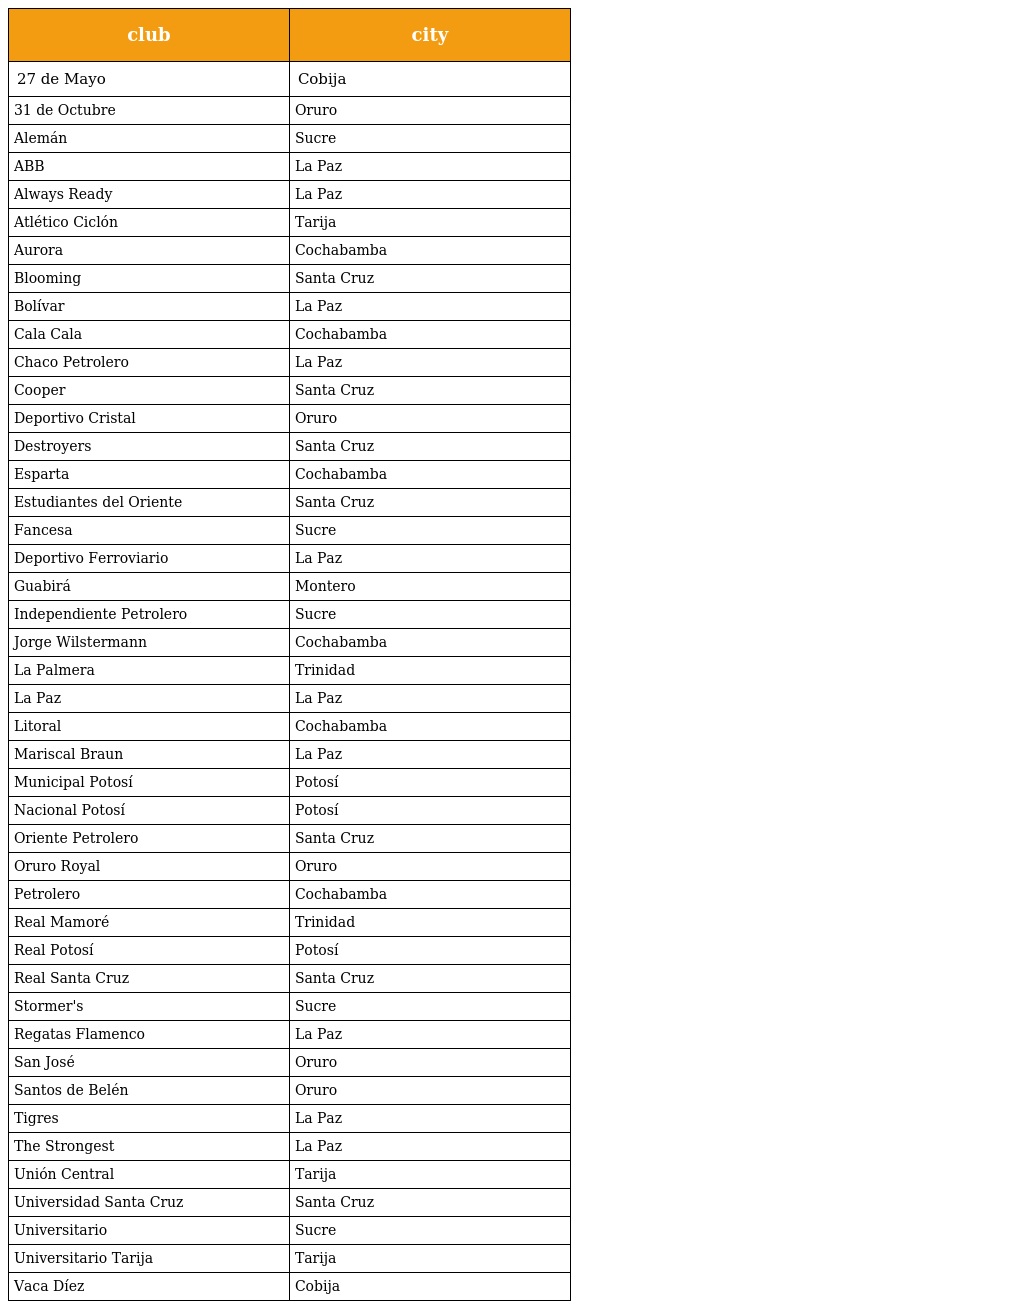
| club | city |
 | --- | --- |
 | 27 de Mayo | Cobija |
 | 31 de Octubre | Oruro |
 | Alemán | Sucre |
 | ABB | La Paz |
 | Always Ready | La Paz |
 | Atlético Ciclón | Tarija |
 | Aurora | Cochabamba |
 | Blooming | Santa Cruz |
 | Bolívar | La Paz |
 | Cala Cala | Cochabamba |
 | Chaco Petrolero | La Paz |
 | Cooper | Santa Cruz |
 | Deportivo Cristal | Oruro |
 | Destroyers | Santa Cruz |
 | Esparta | Cochabamba |
 | Estudiantes del Oriente | Santa Cruz |
 | Fancesa | Sucre |
 | Deportivo Ferroviario | La Paz |
 | Guabirá | Montero |
 | Independiente Petrolero | Sucre |
 | Jorge Wilstermann | Cochabamba |
 | La Palmera | Trinidad |
 | La Paz | La Paz |
 | Litoral | Cochabamba |
 | Mariscal Braun | La Paz |
 | Municipal Potosí | Potosí |
 | Nacional Potosí | Potosí |
 | Oriente Petrolero | Santa Cruz |
 | Oruro Royal | Oruro |
 | Petrolero | Cochabamba |
 | Real Mamoré | Trinidad |
 | Real Potosí | Potosí |
 | Real Santa Cruz | Santa Cruz |
 | Stormer's | Sucre |
 | Regatas Flamenco | La Paz |
 | San José | Oruro |
 | Santos de Belén | Oruro |
 | Tigres | La Paz |
 | The Strongest | La Paz |
 | Unión Central | Tarija |
 | Universidad Santa Cruz | Santa Cruz |
 | Universitario | Sucre |
 | Universitario Tarija | Tarija |
 | Vaca Díez | Cobija |